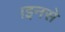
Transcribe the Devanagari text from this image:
।इनसे